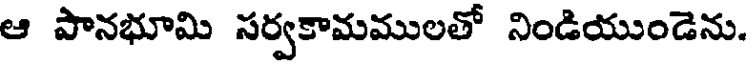
ఆ పానభూమి సర్వకామములతో నిండియుండెను.